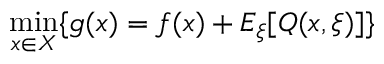
\operatorname* { m i n } _ { x \in X } \{ g ( x ) = f ( x ) + E _ { \xi } [ Q ( x , \xi ) ] \}